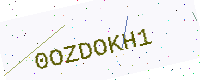
Text: 0OZDOKH1